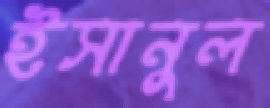
ইসানুল